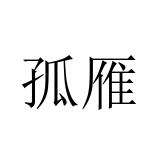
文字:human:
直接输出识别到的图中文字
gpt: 孤雁